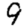
Digit: 9